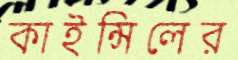
কাইন্সিলের